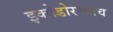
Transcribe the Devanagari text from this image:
इक्वेडोरच्याच